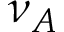
\nu _ { A }